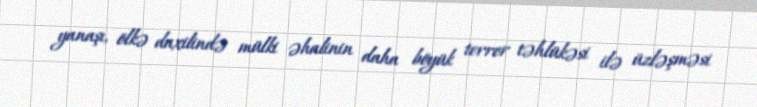
yanaşı, ölkə daxilində mülki əhalinin daha böyük terror təhlükəsi ilə üzləşməsi